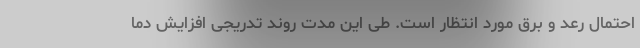
احتمال رعد و برق مورد انتظار است. طی این مدت روند تدریجی افزایش دما